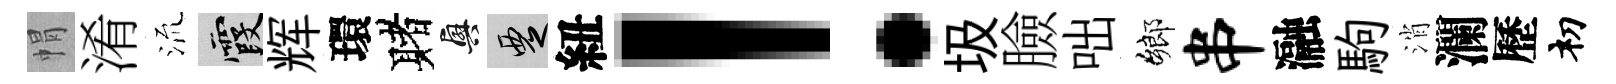
㡌淆𣴑霞辉環赌興覂紐！圾臉咄鄉串瀜駒消瀾歷𥘉